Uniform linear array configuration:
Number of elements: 64
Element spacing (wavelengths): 0.25
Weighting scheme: uniform
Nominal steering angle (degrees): -60
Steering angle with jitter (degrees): -60.786
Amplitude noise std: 0.05
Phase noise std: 0.05

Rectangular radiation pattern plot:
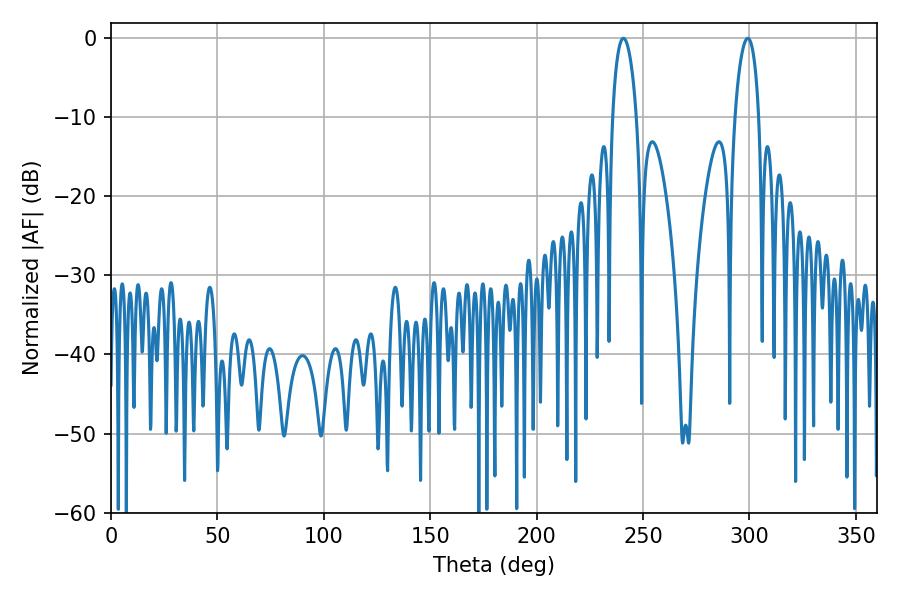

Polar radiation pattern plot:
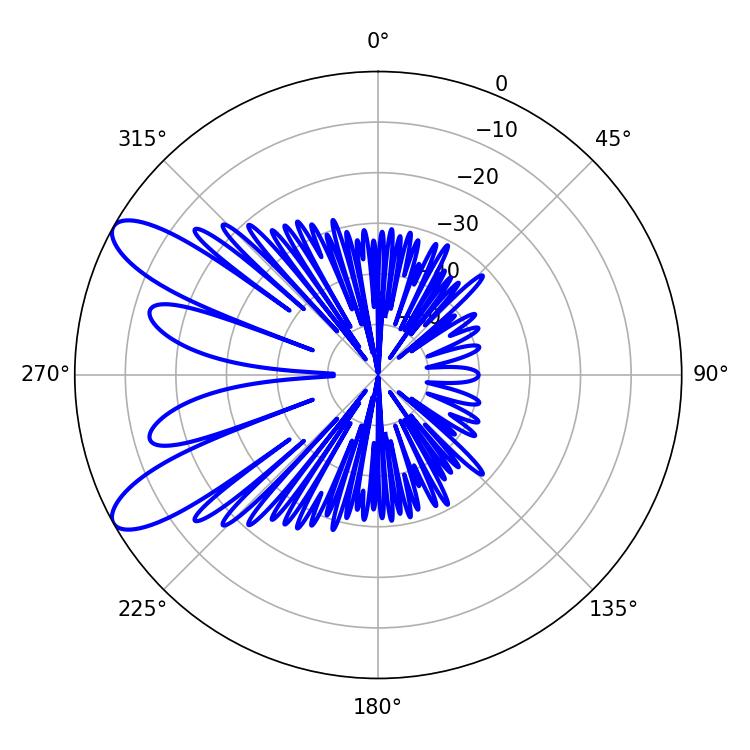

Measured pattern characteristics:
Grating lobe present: FALSE
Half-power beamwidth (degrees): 6.3
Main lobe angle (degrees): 240.84